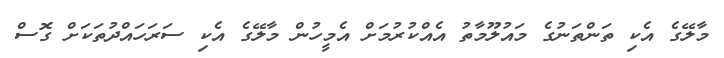
މާލޭގެ އެކި ތަންތަނުގެ މައުލޫމާތު އެއްކުރުމަށް އެމީހުން މާލޭގެ އެކި ސަރަހައްދުތަކަށް ގޮސް